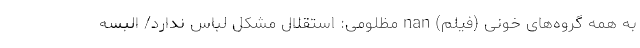
به همه گروه‌های خونی (فیلم) nan مظلومی: استقلال مشکل لباس ندارد/ البسه